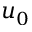
u _ { 0 }